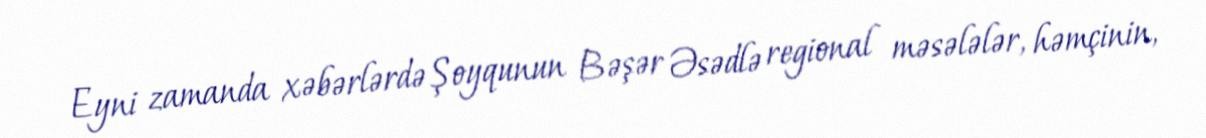
Eyni zamanda xəbərlərdə Şoyqunun Bəşər Əsədlə regional məsələlər, həmçinin,